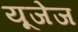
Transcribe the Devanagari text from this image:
यूजेज